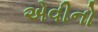
એવીનો